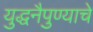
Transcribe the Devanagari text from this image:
युद्धनैपुण्याचे